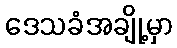
ဒေသခံအချို့မှာ